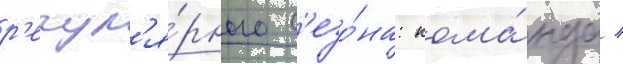
р'егул'я́рного с'езо́на: кома́нда /